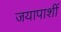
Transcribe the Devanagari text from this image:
जयापाशीं